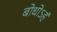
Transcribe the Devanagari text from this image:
बोधोऽहं